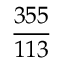
\frac { 3 5 5 } { 1 1 3 }